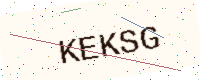
Text: KEKSG